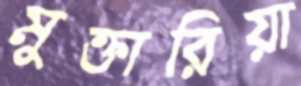
মুক্তারিয়া